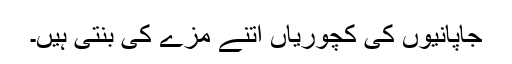
جاپانیوں کی کچوریاں اتنے مزے کی بنتی ہیں۔